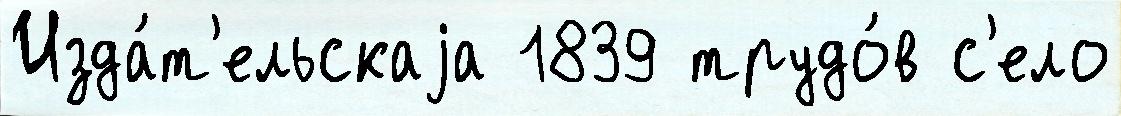
Изда́т'ельскаjа 1839 трудо́в с'ело